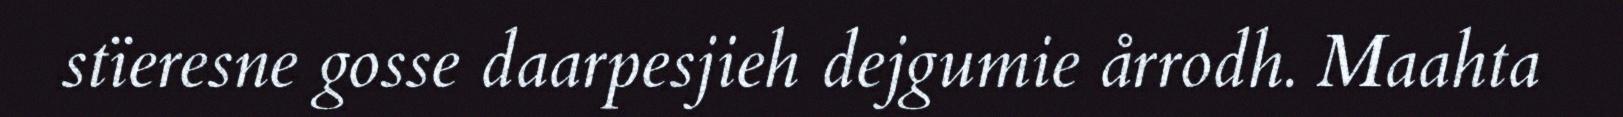
stïeresne gosse daarpesjieh dejgumie årrodh. Maahta